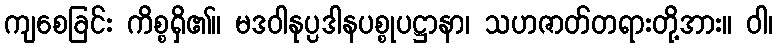
ကျစေခြင်း ကိစ္စရှိ၏။ မဒဝါနုပ္ပဒါနပစ္စုပဋ္ဌာနာ၊ သဟဇာတ်တရားတို့အား။ ဝါ၊